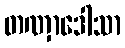
တဏှာဒေါသာ